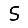
Digit: 5